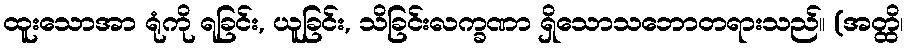
ထူးသောအာ ရုံကို ရခြင်း, ယူခြင်း, သိခြင်းလက္ခဏာ ရှိသောသဘောတရားသည်။ (အတ္ထိ၊